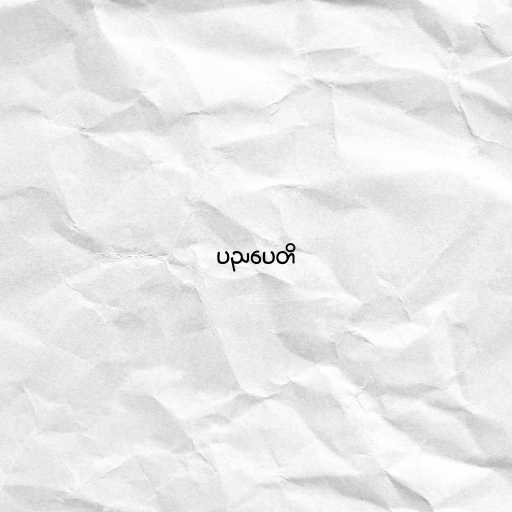
ပညပေတိ